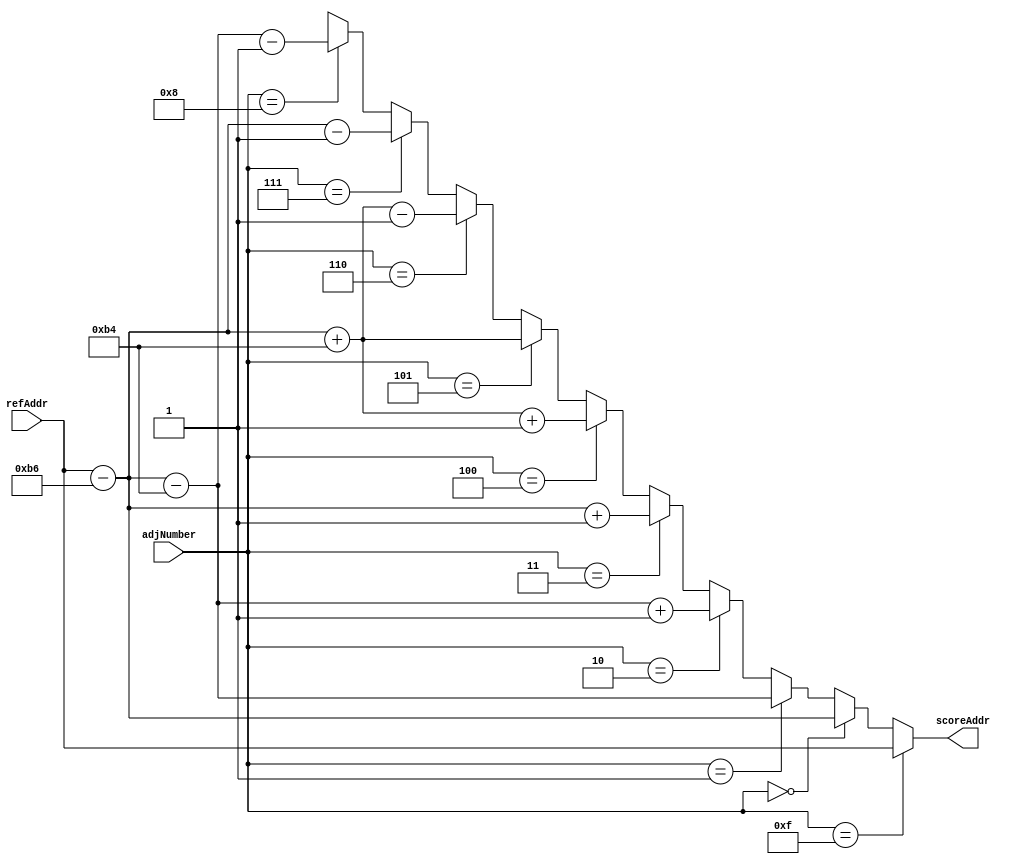
// This program was cloned from: https://github.com/ISKU/Autonomous-Drone-Design
// License: GNU General Public License v3.0

`define COLUMNS 8'd180
`define ROWS 8'd120

module NMS_AddrCal (refAddr, adjNumber, scoreAddr);
	input [14:0] refAddr; // 
	input [3:0] adjNumber; //  8  
	output [14:0] scoreAddr; // Score Memory Input 
	
	assign scoreAddr =
		(adjNumber == 4'd15) ? refAddr : //  Score Memory Addr
		(adjNumber == 4'd0) ? refAddr - 182 : //  
		(adjNumber == 4'd1) ? refAddr - 182 - `COLUMNS : // 1
		(adjNumber == 4'd2) ? refAddr - 182 - `COLUMNS + 1 : // 2
		(adjNumber == 4'd3) ? refAddr - 182 + 1 : // 3
		(adjNumber == 4'd4) ? refAddr - 182 + `COLUMNS + 1 : // 4
		(adjNumber == 4'd5) ? refAddr - 182 + `COLUMNS : // 5
		(adjNumber == 4'd6) ? refAddr - 182 + `COLUMNS - 1 : // 6
		(adjNumber == 4'd7) ? refAddr - 182 - 1 : // 7
		(adjNumber == 4'd8) ? refAddr - 182 - `COLUMNS - 1 : 15'bx; // 8
endmodule